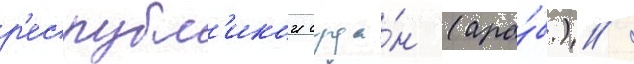
р'еспубл'икои суда́н (ара́б.) /